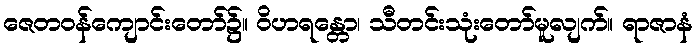
ဇေတဝန်ကျောင်းတော်၌။ ဝိဟရန္တော၊ သီတင်းသုံးတော်မူလျက်။ ရာဇာနံ